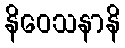
နိဝေသနာနိ